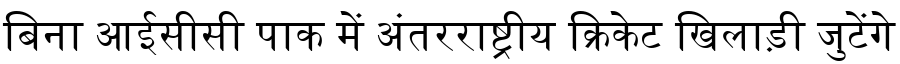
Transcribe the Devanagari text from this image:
बिना आईसीसी पाक में अंतरराष्ट्रीय क्रिकेट खिलाड़ी जुटेंगे